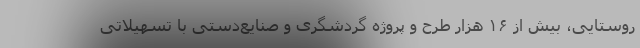
روستایی، بیش از ۱۶ هزار طرح و پروژه گردشگری و صنایع‌دستی با تسهیلاتی